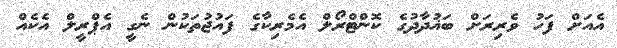
އެއަށް ފަހު ވެރިރަށް ބަޣުދާދުގެ ކޮންޓްރޯލް އެމެރިކާގެ ފައުޖުތަކުން ނެގީ އެޕްރީލް އެކެއް